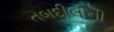
તબદીલીની